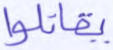
يقاتلوا